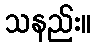
သနည်း။